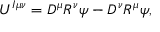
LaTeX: U ^ { I \mu \nu } = D ^ { \mu } R ^ { \nu } \psi - D ^ { \nu } R ^ { \mu } \psi ,